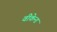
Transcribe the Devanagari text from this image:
वीकेन्ड